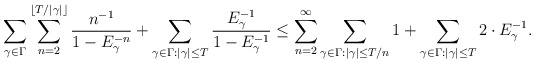
\begin{align*}\sum_{\gamma\in\Gamma}\sum_{n=2}^{\lfloor T/|\gamma|\rfloor}\frac{n^{-1}}{1-E_{\gamma}^{-n}}+\sum_{\gamma\in\Gamma:|\gamma|\le T}\frac{E_{\gamma}^{-1}}{1-E_{\gamma}^{-1}}\le\sum_{n=2}^{\infty}\sum_{\gamma\in\Gamma:|\gamma|\le T/n}1+\sum_{\gamma\in\Gamma:|\gamma|\le T}2\cdot E_{\gamma}^{-1}.\end{align*}